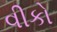
વીકો